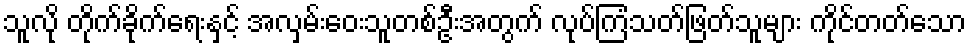
သူလို တိုက်ခိုက်ရေးနှင့် အလှမ်းဝေးသူတစ်ဦးအတွက် လုပ်ကြံသတ်ဖြတ်သူများ ကိုင်တတ်သော